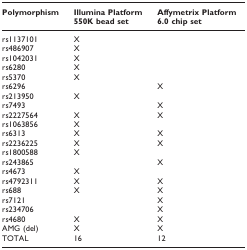
<table><thead><tr><td><b>Polymorphism</b></td><td><b>Illumina Platform550K bead set</b></td><td><b>Affymetrix Platform6.0 chip set</b></td></tr></thead><tbody><tr><td>rs1137101</td><td>X</td><td></td></tr><tr><td>rs486907</td><td>X</td><td></td></tr><tr><td>rs1042031</td><td>X</td><td></td></tr><tr><td>rs6280</td><td>X</td><td></td></tr><tr><td>rs5370</td><td>X</td><td></td></tr><tr><td>rs6296</td><td></td><td>X</td></tr><tr><td>rs213950</td><td>X</td><td></td></tr><tr><td>rs7493</td><td></td><td>X</td></tr><tr><td>rs2227564</td><td>X</td><td>X</td></tr><tr><td>rs1063856</td><td>X</td><td></td></tr><tr><td>rs6313</td><td>X</td><td>X</td></tr><tr><td>rs2236225</td><td>X</td><td>X</td></tr><tr><td>rs1800588</td><td>X</td><td></td></tr><tr><td>rs243865</td><td></td><td>X</td></tr><tr><td>rs4673</td><td>X</td><td></td></tr><tr><td>rs4792311</td><td>X</td><td>X</td></tr><tr><td>rs688</td><td>X</td><td>X</td></tr><tr><td>rs7121</td><td></td><td>X</td></tr><tr><td>rs234706</td><td></td><td>X</td></tr><tr><td>rs4680</td><td>X</td><td>X</td></tr><tr><td>AMG (del)</td><td>X</td><td>X</td></tr><tr><td>TOTAL</td><td>16</td><td>12</td></tr></tbody></table>